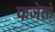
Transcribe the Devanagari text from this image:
फजेतो